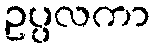
ဥပ္ပလကာ